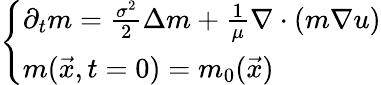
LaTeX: \left\{ \begin{array}{ll}{\partial_{t}m=\frac{\sigma^{2}}{2}\Delta m+\frac{1}{\mu}\nabla\cdot(m\nabla u)}\\ {m(\vec{x},t=0)=m_{0}(\vec{x})}\end{array}\right.